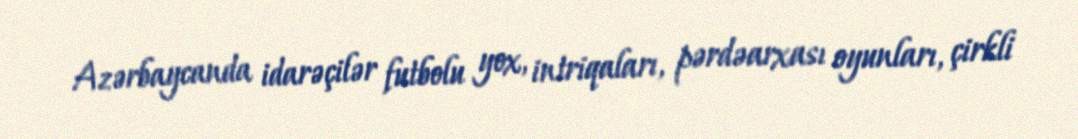
Azərbaycanda idarəçilər futbolu yox, intriqaları, pərdəarxası oyunları, çirkli